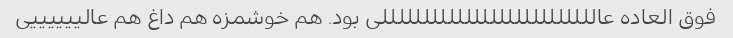
فوق العاده عاللللللللللللللللللللللللللی بود. هم خوشمزه هم داغ هم عالییییییی